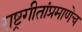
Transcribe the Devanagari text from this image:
राष्ट्रगीतांप्रमाणेच